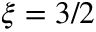
\xi = 3 / 2